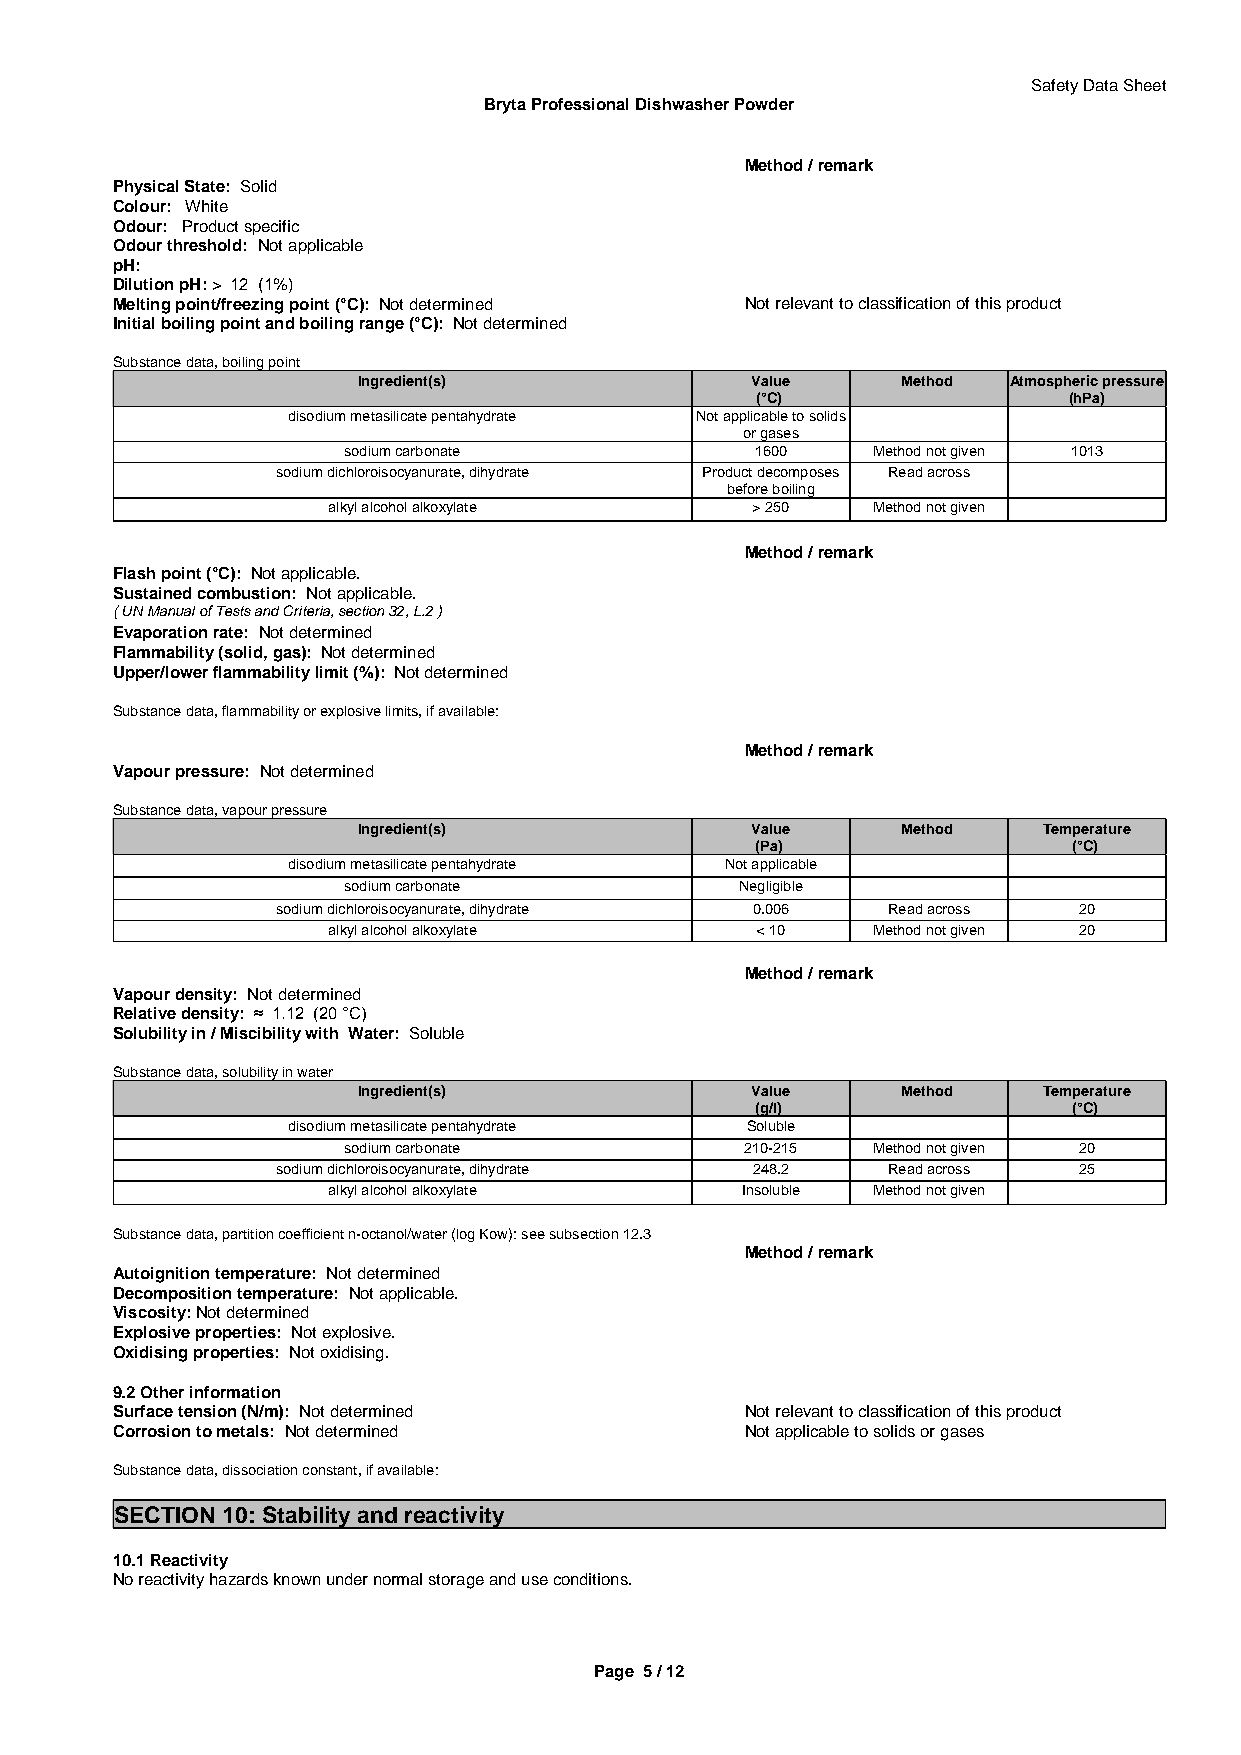
Safety Data Sheet
 Bryta Professional Dishwasher Powder
 Method / remark
 Physical State: Solid
 Colour: White
 Odour: Product specific
 Odour threshold: Not applicable
 pH:
 Dilution pH: > 12 (1%)
 Melting point/freezing point (°C): Not determined Not relevant to classification of this product
 Initial boiling point and boiling range (°C): Not determined
 Substance data, boiling point
 Ingredient(s)             Value     Method Atmospheric pressure
 (°C)                 (hPa)
 disodium metasilicate pentahydrate Not applicable to solids
 or gases
 sodium carbonate           1600    Method not given 1013
 sodium dichloroisocyanurate, dihydrate Product decomposes Read across
 before boiling
 alkyl alcohol alkoxylate    > 250   Method not given
 Method / remark
 Flash point (°C): Not applicable.
 Sustained combustion: Not applicable.
 ( UN Manual of Tests and Criteria, section 32, L.2 )
 Evaporation rate: Not determined
 Flammability (solid, gas): Not determined
 Upper/lower flammability limit (%): Not determined
 Substance data, flammability or explosive limits, if available:
 Method / remark
 Vapour pressure: Not determined
 Substance data, vapour pressure
 Ingredient(s)             Value     Method   Temperature
 (Pa)                 (°C)
 disodium metasilicate pentahydrate Not applicable
 sodium carbonate          Negligible
 sodium dichloroisocyanurate, dihydrate 0.006 Read across 20
 alkyl alcohol alkoxylate    < 10    Method not given 20
 Method / remark
 Vapour density: Not determined
 Relative density: ≈ 1.12 (20 °C)
 Solubility in / Miscibility with Water: Soluble
 Substance data, solubility in water
 Ingredient(s)             Value     Method   Temperature
 (g/l)                (°C)
 disodium metasilicate pentahydrate Soluble
 sodium carbonate          210-215  Method not given 20
 sodium dichloroisocyanurate, dihydrate 248.2 Read across 25
 alkyl alcohol alkoxylate   Insoluble Method not given
 Substance data, partition coefficient n-octanol/water (log Kow): see subsection 12.3
 Method / remark
 Autoignition temperature: Not determined
 Decomposition temperature: Not applicable.
 Viscosity: Not determined
 Explosive properties: Not explosive.
 Oxidising properties: Not oxidising.
 9.2 Other information
 Surface tension (N/m): Not determined     Not relevant to classification of this product
 Corrosion to metals: Not determined       Not applicable to solids or gases
 Substance data, dissociation constant, if available:
 SECTION 10: Stability and reactivity
 10.1 Reactivity
 No reactivity hazards known under normal storage and use conditions.
 Page 5 / 12